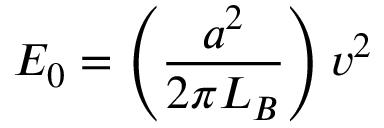
E _ { 0 } = \left( { \frac { a ^ { 2 } } { 2 \pi L _ { B } } } \right) v ^ { 2 }